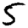
Digit: 5